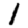
Digit: 1